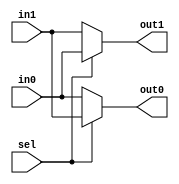
module switch(
	input in0,
	input in1,
	input sel,
	output out0,
	output out1);
assign out0= sel? in1:in0;
assign out1= sel? in0:in1;
endmodule